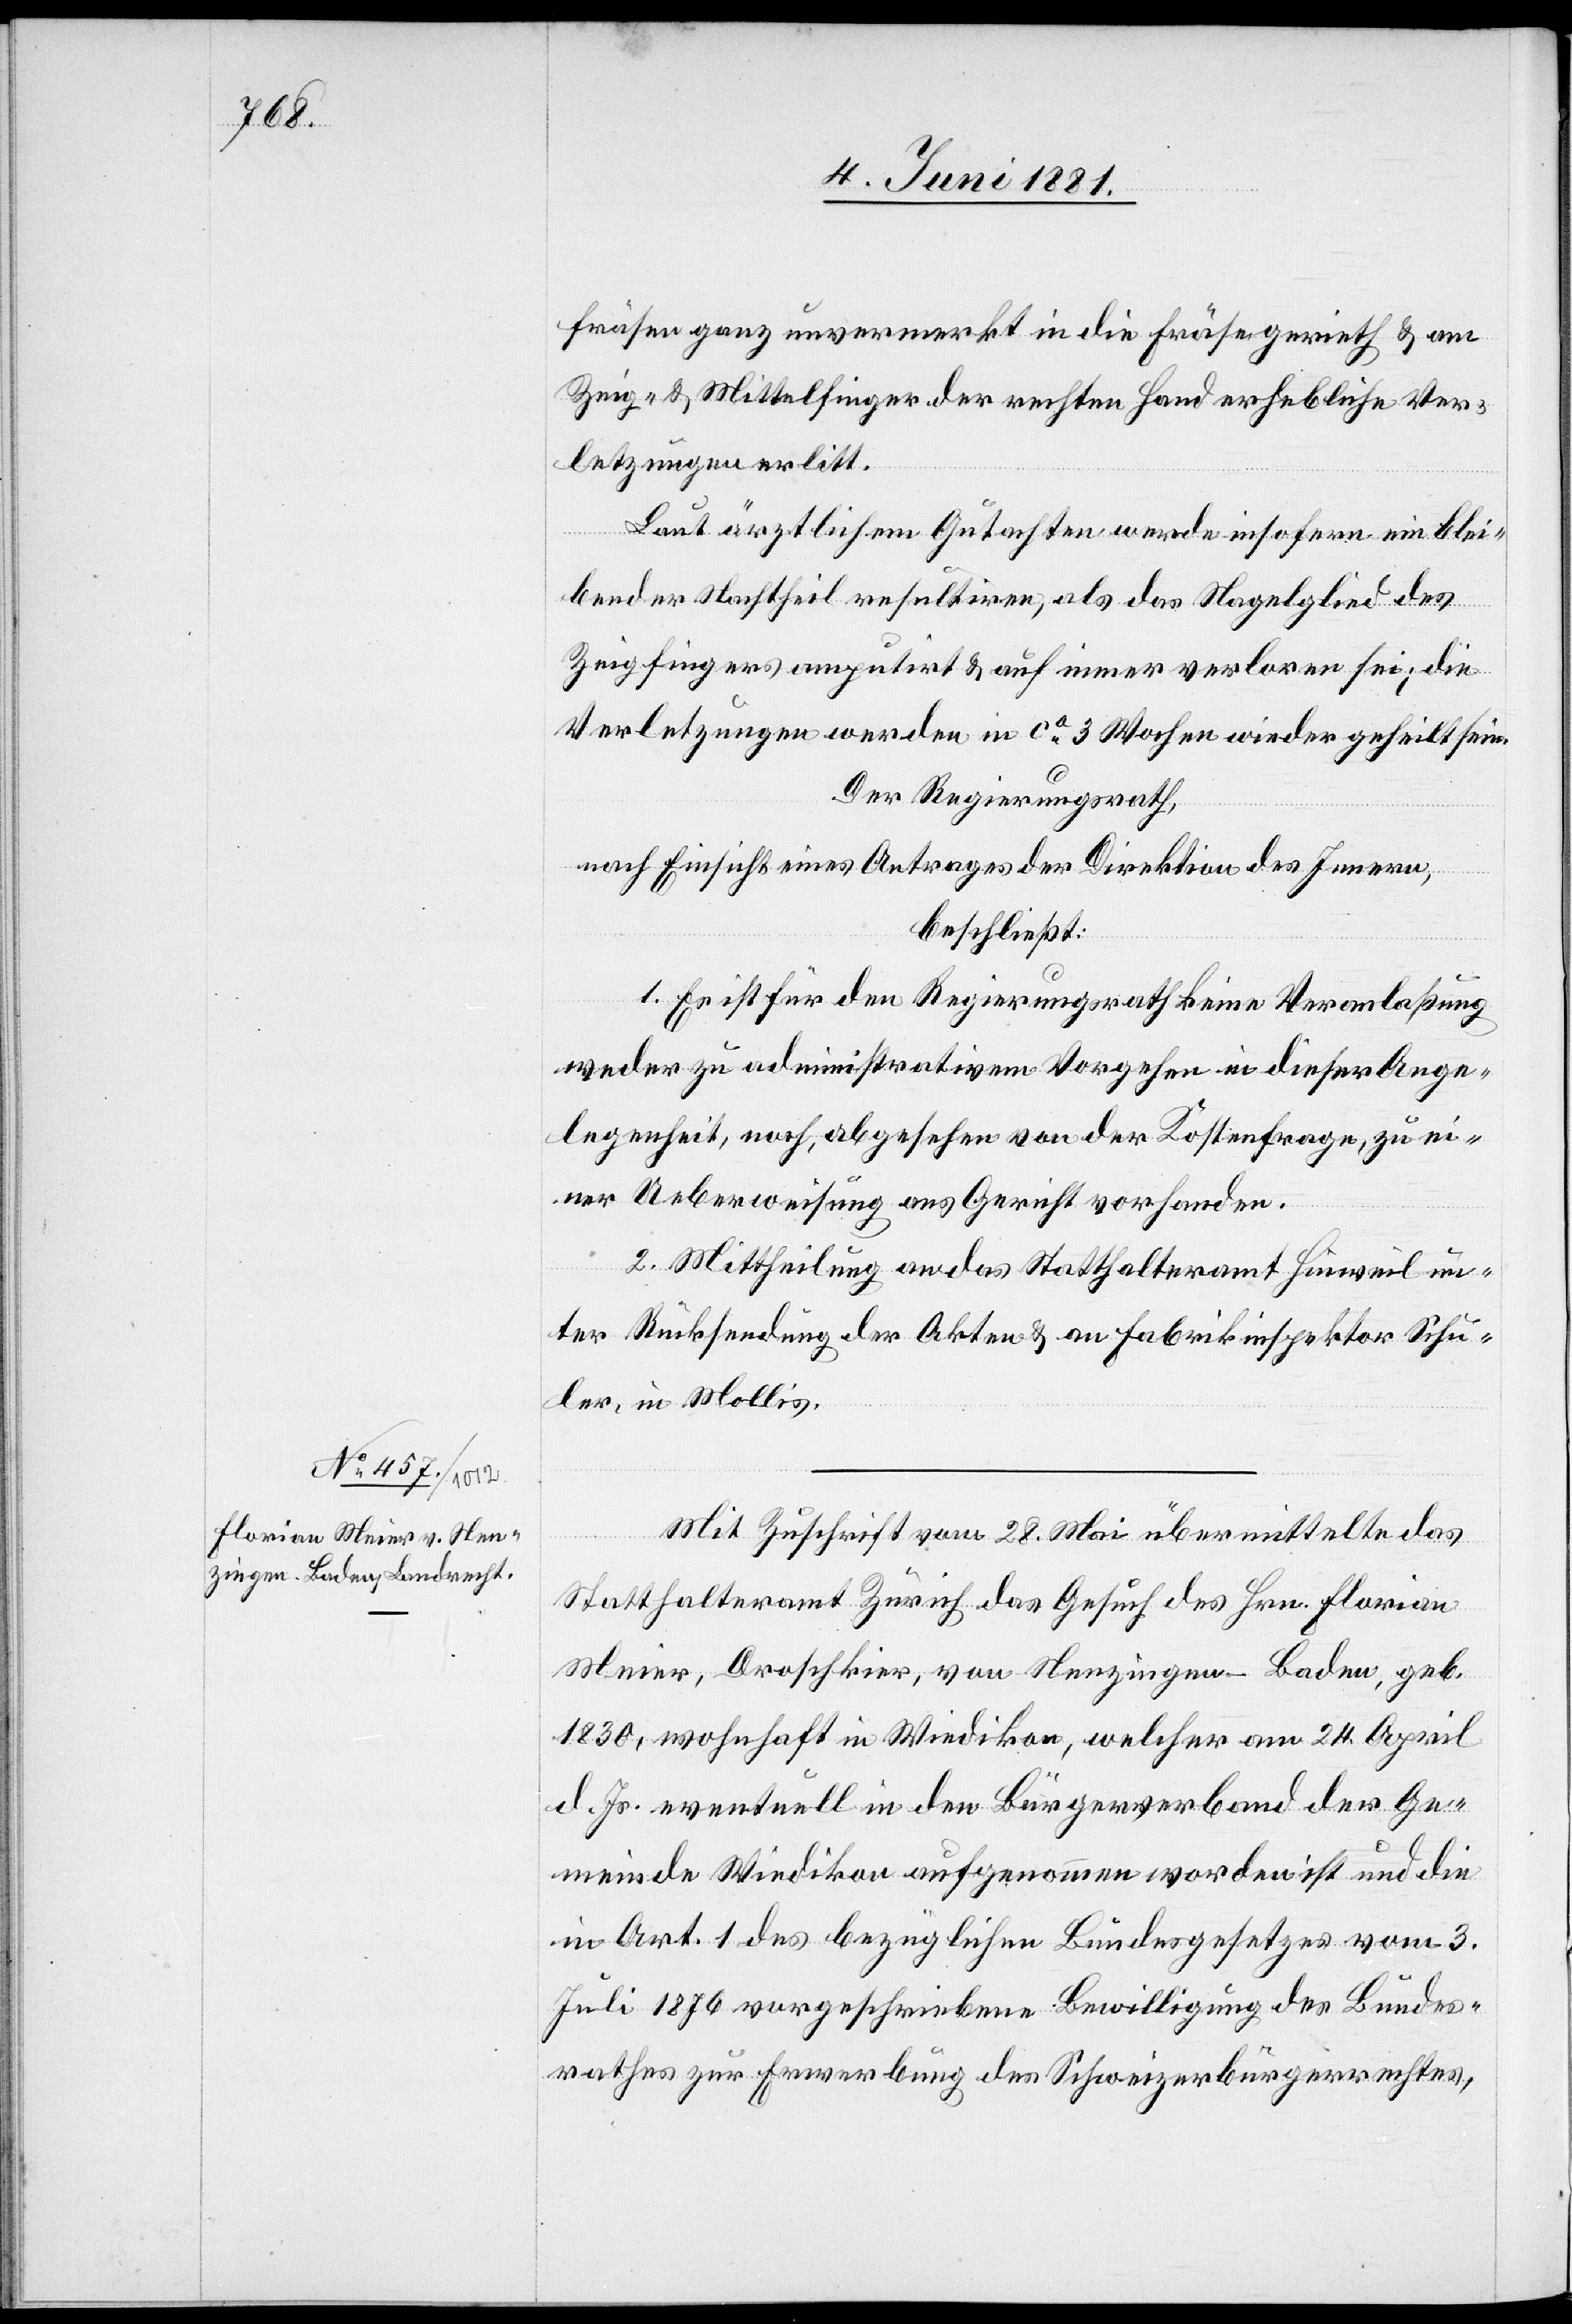
fräsen ganz unvermerkt in die Fräse gerieth & am
Zeig- & Mittelfinger der rechten Hand erhebliche Ver¬
letzungen erlitt.
Laut ärztlichem Gutachten werde insofern ein blei¬
bender Nachtheil resultirten, als das Nagelglied des
Zeigfingers amputirt & auf immer verloren sei; die
Verletzungen werden in ca 3 Wochen wieder geheilt sein.
Der Regierungsrath,
nach Einsicht eines Antrages der Direktion des Innern,
beschließt:
1. Es ist für den Regierungsrath keine Veranlaßung
weder zu administrativem Vorgehen in dieser Ange¬
legenheit, noch, abgesehen von der Kostenfrage, zu ei¬
ner Ueberweisung ans Gericht vorhanden.
2. Mittheilung an das Statthalteramt Hinweil un¬
ter Rücksendung der Akten & an Fabrikinspektor Schu¬
ler, in Mollis.
Mit Zuschrift vom 28. Mai übermittelte das
Statthalteramt Zürich das Gesuch des Hrn. Florian
Meier, Droschkier, von Nenzingen - Baden, geb.
1830, wohnhaft in Wiedikon, welcher am 24. April
d. Js. eventuell in den Bürgerbund der Ge¬
meinde Wiedikon aufgenommen worden ist und die
in Art. 1 des bezüglichen Bundesgesetzes vom 3.
Juli 1876 vorgeschriebene Bewilligung des Bundes¬
rathes zur Erwerbung des Schweizerbürgerrechtes,